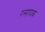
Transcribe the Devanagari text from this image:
रसायक